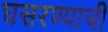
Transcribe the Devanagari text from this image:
घसरण्याची